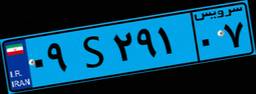
۰۹S۲۹۱۰۷